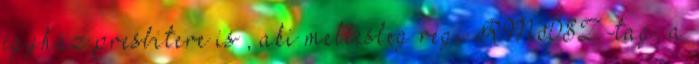
egyház presbitere is , aki mellesleg régi RMDSZ-tag, a